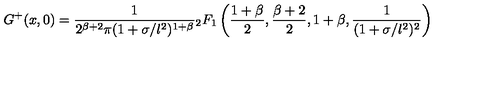
G ^ { + } ( x , 0 ) = \frac { 1 } { 2 ^ { \beta + 2 } \pi ( 1 + \sigma / l ^ { 2 } ) ^ { 1 + \beta } } { } _ { 2 } F _ { 1 } \left( \frac { 1 + \beta } { 2 } , \frac { \beta + 2 } { 2 } , 1 + \beta , \frac { 1 } { ( 1 + \sigma / l ^ { 2 } ) ^ { 2 } } \right)